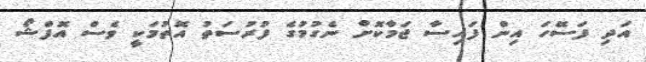
އަދި ފަަސޭހަ އިން ފައިސާ ޖަމާކޮށް ނެގުމުގެ ފުރުސަތު އޮތުމަކީ ވެސް އޮފްޝޯ